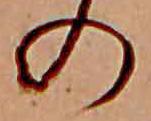
の